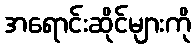
အရောင်းဆိုင်များကို